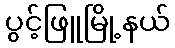
ပွင့်ဖြူမြို့နယ်